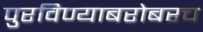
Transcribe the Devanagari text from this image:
पुरविण्याबरोबरच